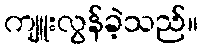
ကျူးလွန်ခဲ့သည်။